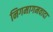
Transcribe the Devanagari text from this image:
निगमागमवादा